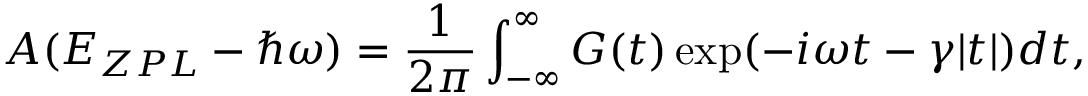
A ( E _ { Z P L } - \hbar \omega ) = \frac { 1 } { 2 \pi } \int _ { - \infty } ^ { \infty } G ( t ) \exp ( - i \omega t - \gamma | t | ) d t ,